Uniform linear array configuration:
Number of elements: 48
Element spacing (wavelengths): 1
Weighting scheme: cosine
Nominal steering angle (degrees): -15
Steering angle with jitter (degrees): -16.153
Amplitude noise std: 0.05
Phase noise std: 0.05

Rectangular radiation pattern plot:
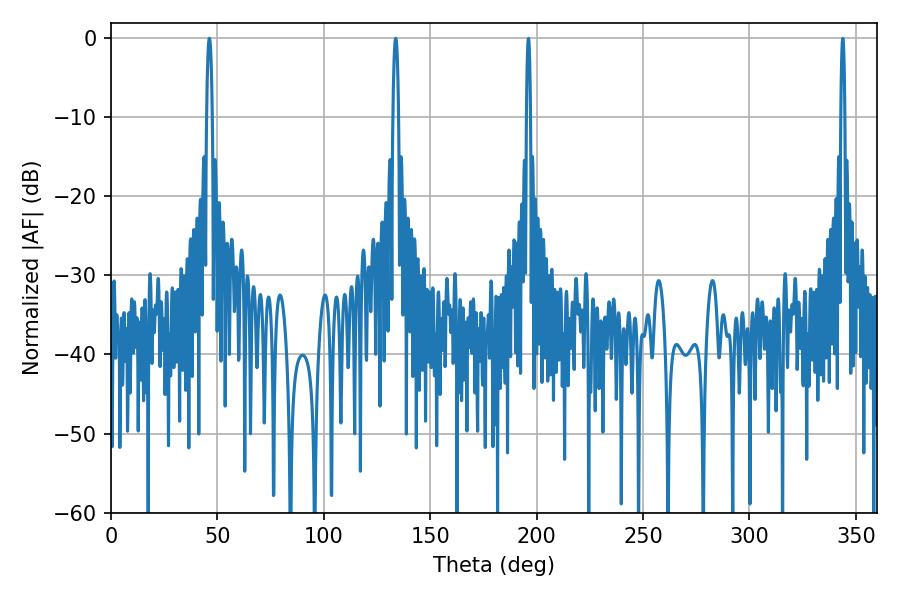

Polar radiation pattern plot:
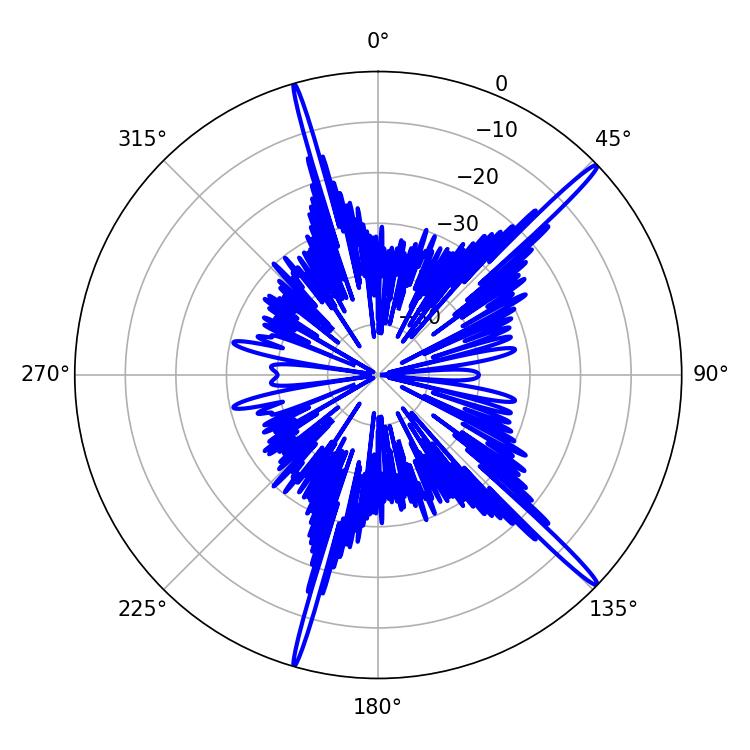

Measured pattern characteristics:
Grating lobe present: TRUE
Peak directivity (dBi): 18.01
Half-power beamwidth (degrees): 1.44
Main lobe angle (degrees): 46.26